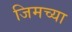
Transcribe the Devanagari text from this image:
जिमच्या